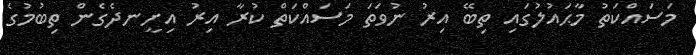
މަސައްކަތު މާޙައުލުގައި ތިބޭ އިރު ނުވަތަ މަސައްކަތް ކުރާ އިރު އިށީނދެގެން ތިބުމުގެ